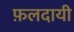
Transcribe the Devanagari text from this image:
फ़लदायी